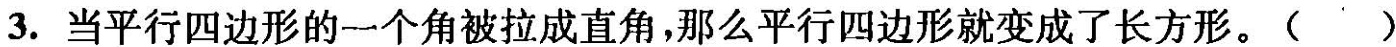
3.当平行四边形的一个角被拉成直角，那么平行四边形就变成了长方形。()